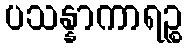
ပသန္နာကာရဉ္စ